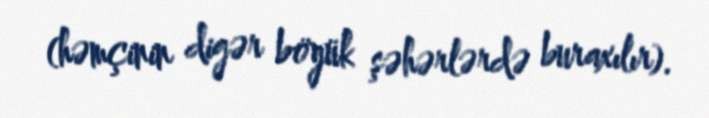
(həmçinin digər böyük şəhərlərdə buraxılır).